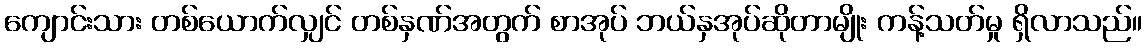
ကျောင်းသား တစ်ယောက်လျှင် တစ်နှဏ်အတွက် စာအုပ် ဘယ်နှအုပ်ဆိုတာမျိုး ကန့်သတ်မှု ရှိလာသည်။